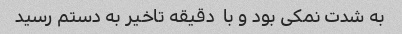
به شدت نمکی بود و با  دقیقه تاخیر به دستم رسید